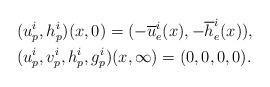
LaTeX: \begin{align*} &(u_p^i,h_p^i)(x,0)=(-\overline u_e^i(x),-\overline h_e^i(x)),\\ &(u_p^i,v_p^i,h_p^i,g_p^i)(x,\infty)=(0,0,0,0).\end{align*}